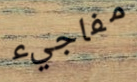
مفاجيء